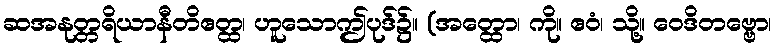
ဆအနုတ္တရိယာနီတိဧတ္ထ၊ ဟူသောဤပုဒ်၌။ (အတ္ထော၊ ကို။ ဧဝံ၊ သို့။ ဝေဒိတဗ္ဗော၊